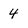
Character: 4